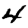
Digit: 4